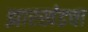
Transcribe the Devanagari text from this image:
झारखंडचा